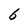
Character: 6